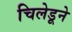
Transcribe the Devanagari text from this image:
चिलेडूने